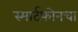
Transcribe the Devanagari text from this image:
स्मार्टफोनचा